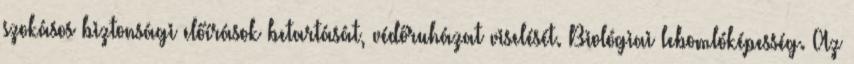
szokásos biztonsági előírások betartását, védőruházat viselését. Biológiai lebomlóképesség. Az